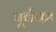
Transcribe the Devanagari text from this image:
पूर्वका